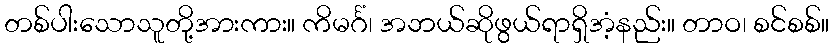
တစ်ပါးသောသူတို့အားကား။ ကိမင်္ဂံ၊ အဘယ်ဆိုဖွယ်ရာရှိအံ့နည်း။ တာဝ၊ စင်စစ်။